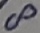
Text: 8